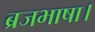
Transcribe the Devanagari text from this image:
ब्रजभाषा।